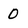
Character: 0